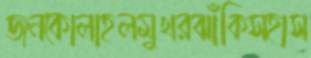
জনকোলাহলমুখরঝাঁকিসহাস